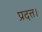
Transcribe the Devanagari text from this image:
प्रदत्त।